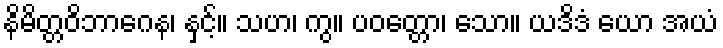
နိမိတ္တဝိဘာဂေန၊ နှင့်။ သဟ၊ ကွ။ ပဝတ္တော၊ သော။ ယဒိဒံ ယော အယံ